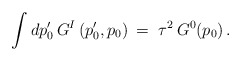
\begin{align*}\qquad \int dp'_0\, G^I\,(p'_0,p_0)\,=\,\,\tau^2\,G^0(p_0)\,.\end{align*}